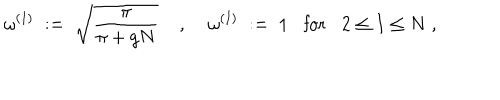
\omega ^ { ( 1 ) } \; : = \; \sqrt { \frac { \pi } { \pi + g N } } \; , \; \omega ^ { ( I ) } \; : = \; 1 \mathrm { f o r } 2 \leq I \leq N \; ,